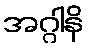
အဂ္ဂါနိ